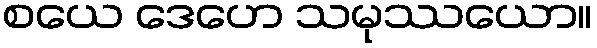
စယေ ဒေဟေ သမုဿယော။